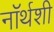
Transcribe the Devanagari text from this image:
नॉर्थशी